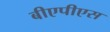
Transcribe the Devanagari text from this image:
बीएपीएस